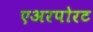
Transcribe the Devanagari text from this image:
एअरपोरट